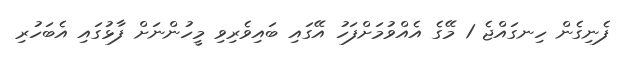
ފެނިގެން ހިނގައްޖެ 1 މޭގެ އެއްވުމަށްފަހު އޭގައި ބައިވެރިވި މީހުންނަށް ފާޅުގައި އެބަހުރި